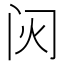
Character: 𬮟